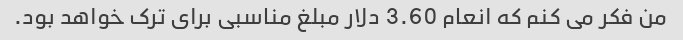
من فکر می کنم که انعام 3.60 دلار مبلغ مناسبی برای ترک خواهد بود.